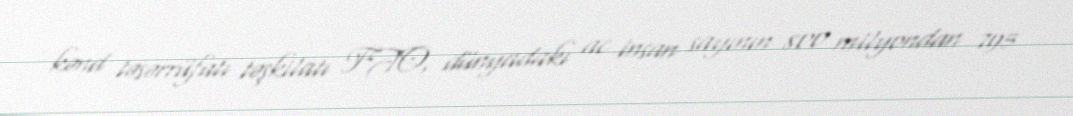
kənd təsərrüfatı təşkilatı FAO, dünyadakı ac insan sayının 800 milyondan 795